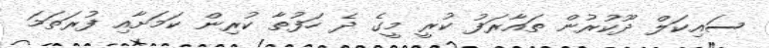
ސައިކަލް ދޫކުރުން ތައާރަފު ކުރީ މީގެ ދެ ހަފުތާ ކުރިން ކަމަށާއި ފުރަތަމަ